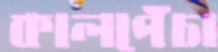
কালপেঁচা